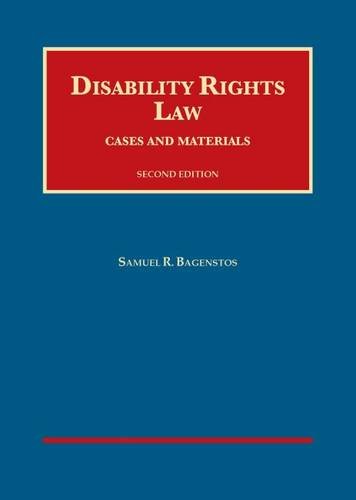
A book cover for Disability Rights Law (University Casebook Series); Samuel Bagenstos; Law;